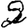
Digit: 2